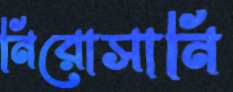
নিরোসানি